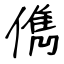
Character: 儁